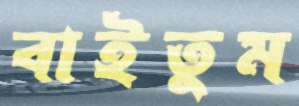
বাইতুম